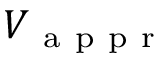
V _ { \mathrm { ~ a ~ p ~ p ~ r ~ } }